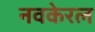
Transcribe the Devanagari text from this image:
नवकेरल